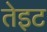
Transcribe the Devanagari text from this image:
तेइट